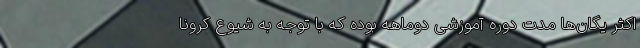
اکثر یگان‌ها مدت دوره آموزشی دوماهه بوده که با توجه به شیوع کرونا